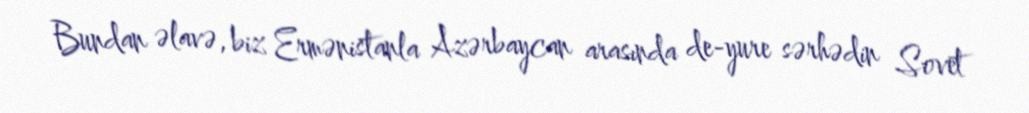
Bundan əlavə, biz Ermənistanla Azərbaycan arasında de-yure sərhədin Sovet